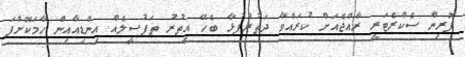
ފޮރިން ސެކްރެޓަރީ ރާއްޖެއަށް ކުރައްވާ ދަތުރުފުޅާ ބެހޭ އިތުރު ތަފުސީލެއް އިންޑިއާއިން ހާމަކޮށްފަ